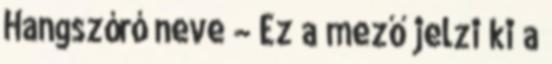
Hangszóró neve – Ez a mező jelzi ki a